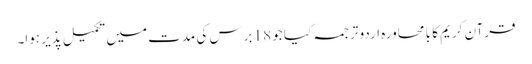
قرآن کریم کا با محاورہ اردو ترجمہ کیا جو 18 برس کی مدت میں تکمیل پذیر ہوا۔